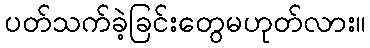
ပတ်သက်ခဲ့ခြင်းတွေမဟုတ်လား။